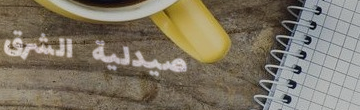
صيدلية الشرق